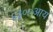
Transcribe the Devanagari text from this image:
६३००आय